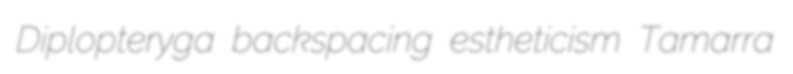
Diplopteryga backspacing estheticism Tamarra